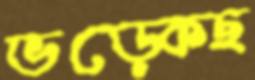
ভড়্‌কেছ